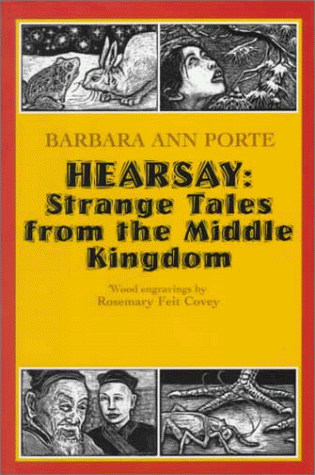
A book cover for Hearsay: Strange Tales from the Middle Kingdom; Barbara Ann Porte; Children's Books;